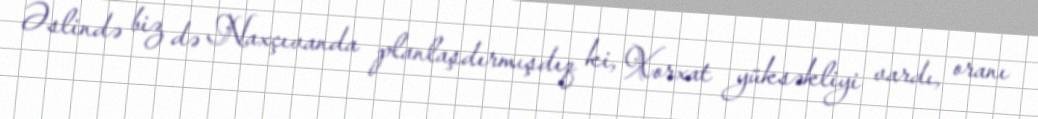
Əslində biz də Naxçıvanda planlaşdırmışdıq ki, Xorxat yüksəkliyi vardı, oranı